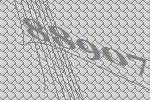
88907